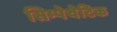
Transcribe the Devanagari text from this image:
सिम्पेथेटिक